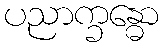
ပညာက္ခန္ဓော